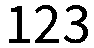
123